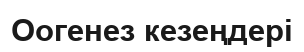
Оогенез кезеңдері